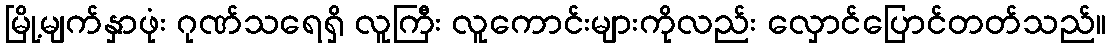
မြို့မျက်နှာဖုံး ဂုဏ်သရေရှိ လူကြီး လူကောင်းများကိုလည်း လှောင်ပြောင်တတ်သည်။